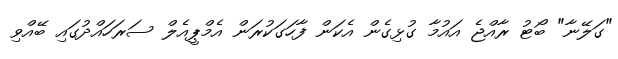
"ގަލޭނާ" ބޯޓު ރާއްޖެ އައުމާ ގުޅިގެން އެކަން ފާހަގަކުރަން އެމްޕީއެލް ސަރަހައްދުގައި ބޭއްވި